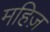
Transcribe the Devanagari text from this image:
महिज़